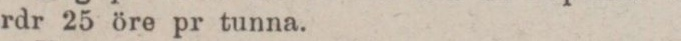
rdr 25 öre pr tunna.